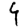
Digit: 4